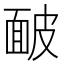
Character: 䩅